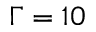
\Gamma = 1 0